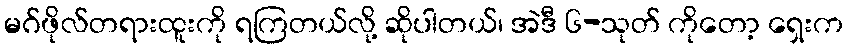
မဂ်ဖိုလ်တရားထူးကို ရကြတယ်လို့ ဆိုပါတယ်၊ အဲဒီ ၆-သုတ် ကိုတော့ ရှေးက